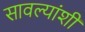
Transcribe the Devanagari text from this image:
सावल्यांशी